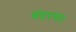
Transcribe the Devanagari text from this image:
बंदरगाः